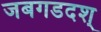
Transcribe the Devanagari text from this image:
जबगडदश्